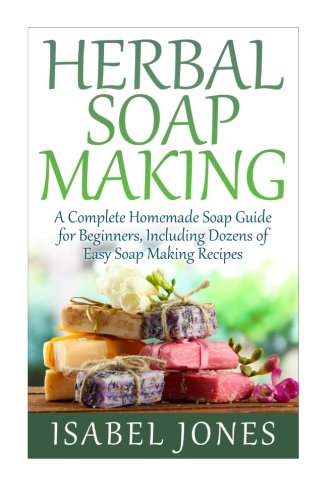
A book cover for Herbal Soap Making: A Complete Homemade Soap Guide for Beginners, Including Dozens of Easy Soap Making Recipes; Isabel Jones; Crafts, Hobbies & Home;